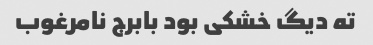
ته دیگ خشکی بود بابرج نامرغوب